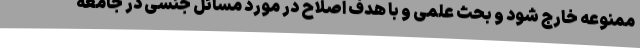
ممنوعه خارج شود و بحث علمی و با هدف اصلاح در مورد مسائل جنسی در جامعه